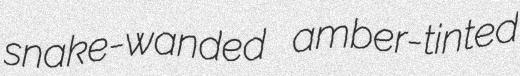
snake-wanded amber-tinted